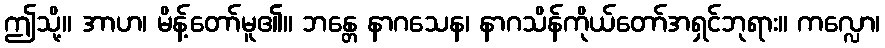
ဤသို့။ အာဟ၊ မိန့်တော်မူ၏။ ဘန္တေ နာဂသေန၊ နာဂသိန်ကိုယ်တော်အရှင်ဘုရား။ ကလ္လော၊